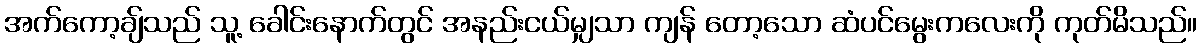
အက်ကော့ချ်သည် သူ့ ခေါင်းနောက်တွင် အနည်းငယ်မျှသာ ကျန် တော့သော ဆံပင်မွေးကလေးကို ကုတ်မိသည်။